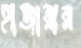
হাজারার